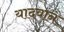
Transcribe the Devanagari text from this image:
यादवान